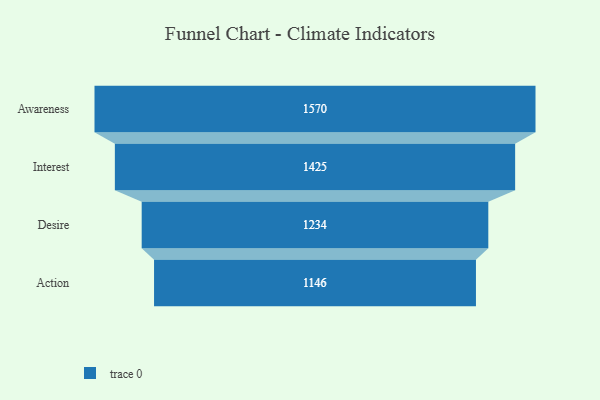
{"axis": {"x": "Stage", "y": "Value"}, "legend": [""], "data": [{"x": "Awareness", "y": 1570.0, "type": ""}, {"x": "Interest", "y": 1425.0, "type": ""}, {"x": "Desire", "y": 1234.0, "type": ""}, {"x": "Action", "y": 1146.0, "type": ""}]}